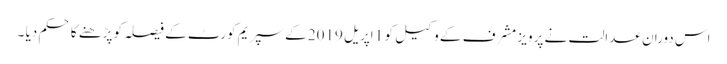
اس دوران عدالت نے پرویز مشرف کے وکیل کو 1 اپریل 2019 کے سپریم کورٹ کے فیصلہ کو پڑھنے کا حکم دیا ۔